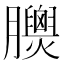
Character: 𦣁